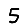
Digit: 5